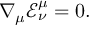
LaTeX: { \nabla _ { \mu } } { { \mathcal { E } } _ { \nu } ^ { \mu } } = 0 .